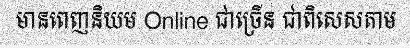
មានពេញនិយម Online ជាច្រើន ជាពិសេសតាម